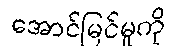
အောင်မြင်မှုကို